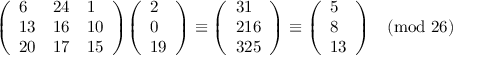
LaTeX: { \left( \begin{array} { l l l } { 6 } & { 2 4 } & { 1 } \\ { 1 3 } & { 1 6 } & { 1 0 } \\ { 2 0 } & { 1 7 } & { 1 5 } \end{array} \right) } { \left( \begin{array} { l } { 2 } \\ { 0 } \\ { 1 9 } \end{array} \right) } \equiv { \left( \begin{array} { l } { 3 1 } \\ { 2 1 6 } \\ { 3 2 5 } \end{array} \right) } \equiv { \left( \begin{array} { l } { 5 } \\ { 8 } \\ { 1 3 } \end{array} \right) } { \pmod { 2 6 } }